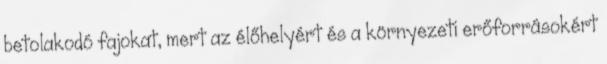
betolakodó fajokat, mert az élőhelyért és a környezeti erőforrásokért